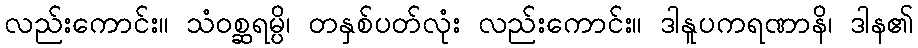
လည်းကောင်း။ သံဝစ္ဆရမ္ပိ၊ တနှစ်ပတ်လုံး လည်းကောင်း။ ဒါနူပကရဏာနိ၊ ဒါန၏